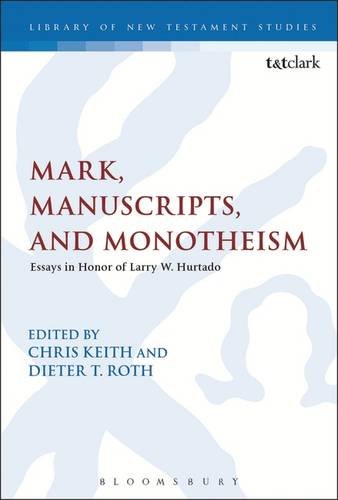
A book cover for Mark, Manuscripts, and Monotheism: Essays in Honor of Larry W. Hurtado (The Library of New Testament Studies); History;